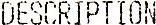
DESCRIPTION